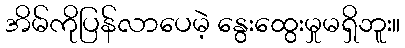
အိမ်ကိုပြန်လာပေမဲ့ နွေးထွေးမှုမရှိဘူး။